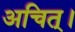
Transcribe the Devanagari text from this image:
अचित्‌।